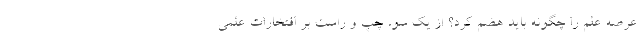
عرصه علم را چگونه باید هضم كرد؟ از يك سو، چپ و راست بر افتخارات علمي